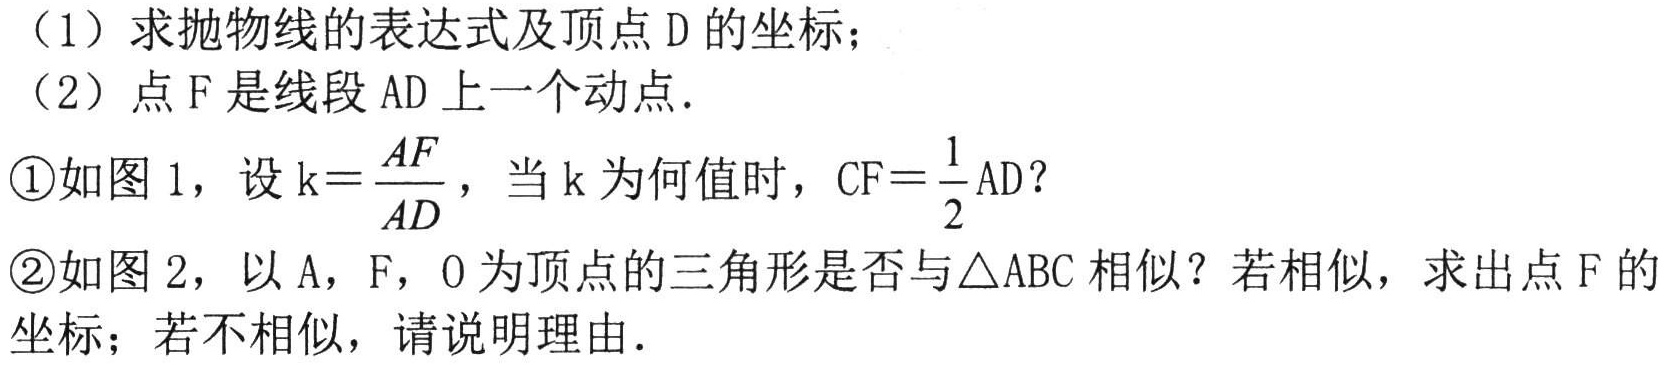
（1）求抛物线的表达式及顶点\(D\)的坐标；
（2）点\(F\)是线段\(AD\)上一个动点.
\textcircled{1}如图1，设\(k = \dfrac{AF}{AD}\)，当\(k\)为何值时，\(CF=\dfrac{1}{2}AD\)？
\textcircled{2}如图2，以\(A\)，\(F\)，\(O\)为顶点的三角形是否与\(\triangle ABC\)相似？若相似，求出点\(F\)的坐标；若不相似，请说明理由.